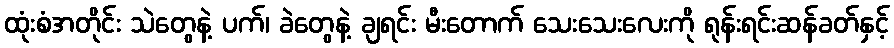
ထုံးစံအတိုင်း သဲတွေနဲ့ ပက်၊ ခဲတွေနဲ့ ချရင်း မီးတောက် သေးသေးလေးကို ရုန်းရင်းဆန်ခတ်နှင့်